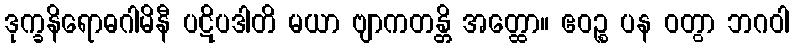
ဒုက္ခနိရောဓဂါမိနီ ပဋိပဒါတိ မယာ ဗျာကတန္တိ အတ္ထော။ ဧဝဉ္စ ပန ဝတွာ ဘဂဝါ